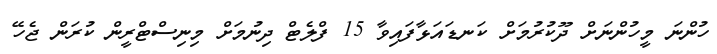
ހުންނަ މީހުންނަށް ދޫކުރުމަށް ކަނޑައަޅާފައިވާ 15 ފްލެޓް ދިނުމަށް މިނިސްޓްރީން ކުރަން ޖެހޭ